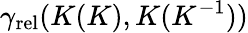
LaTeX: \gamma_{\mathrm{rel}}(K(K),K(K^{-1}))